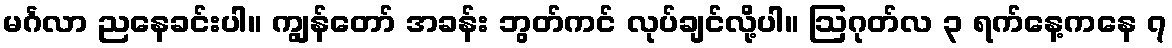
မင်္ဂလာ ညနေခင်းပါ။ ကျွန်တော် အခန်း ဘွတ်ကင် လုပ်ချင်လို့ပါ။ ဩဂုတ်လ ၃ ရက်နေ့ကနေ ၇